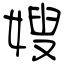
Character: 嫂